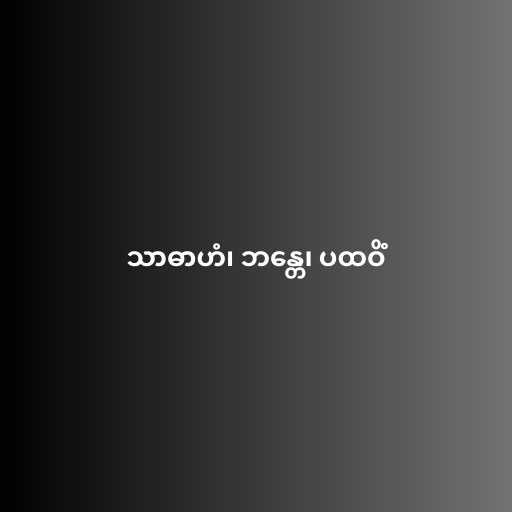
သာဓာဟံ၊ ဘန္တေ၊ ပထဝိံ